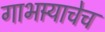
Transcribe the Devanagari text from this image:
गाभार्‍याचेच